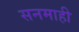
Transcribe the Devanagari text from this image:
सनमाही